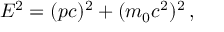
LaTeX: E ^ { 2 } = ( p c ) ^ { 2 } + ( m _ { 0 } c ^ { 2 } ) ^ { 2 } \, ,